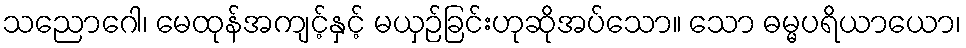
သညောဂေါ၊ မေထုန်အကျင့်နှင့် မယှဉ်ခြင်းဟုဆိုအပ်သော။ သော ဓမ္မပရိယာယော၊